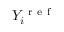
Y _ { i } ^ { \mathrm { ~ r ~ e ~ f ~ } }